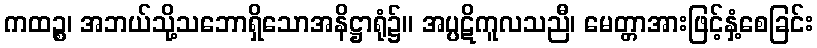
ကထဉ္စ၊ အဘယ်သို့သဘောရှိသောအနိဋ္ဌာရုံ၌။ အပ္ပဋိကူလသညီ၊ မေတ္တာအားဖြင့်နှံ့စေခြင်း